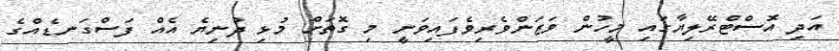
އަދި އޮސްޓްރޭލިޔާގައި މީހުން ވަޒަންވެރިވެފައިވަނީ މި ގޮތަށް މުޅި ދުނިޔެ އެއް ފަސްގަނޑެއްގެ